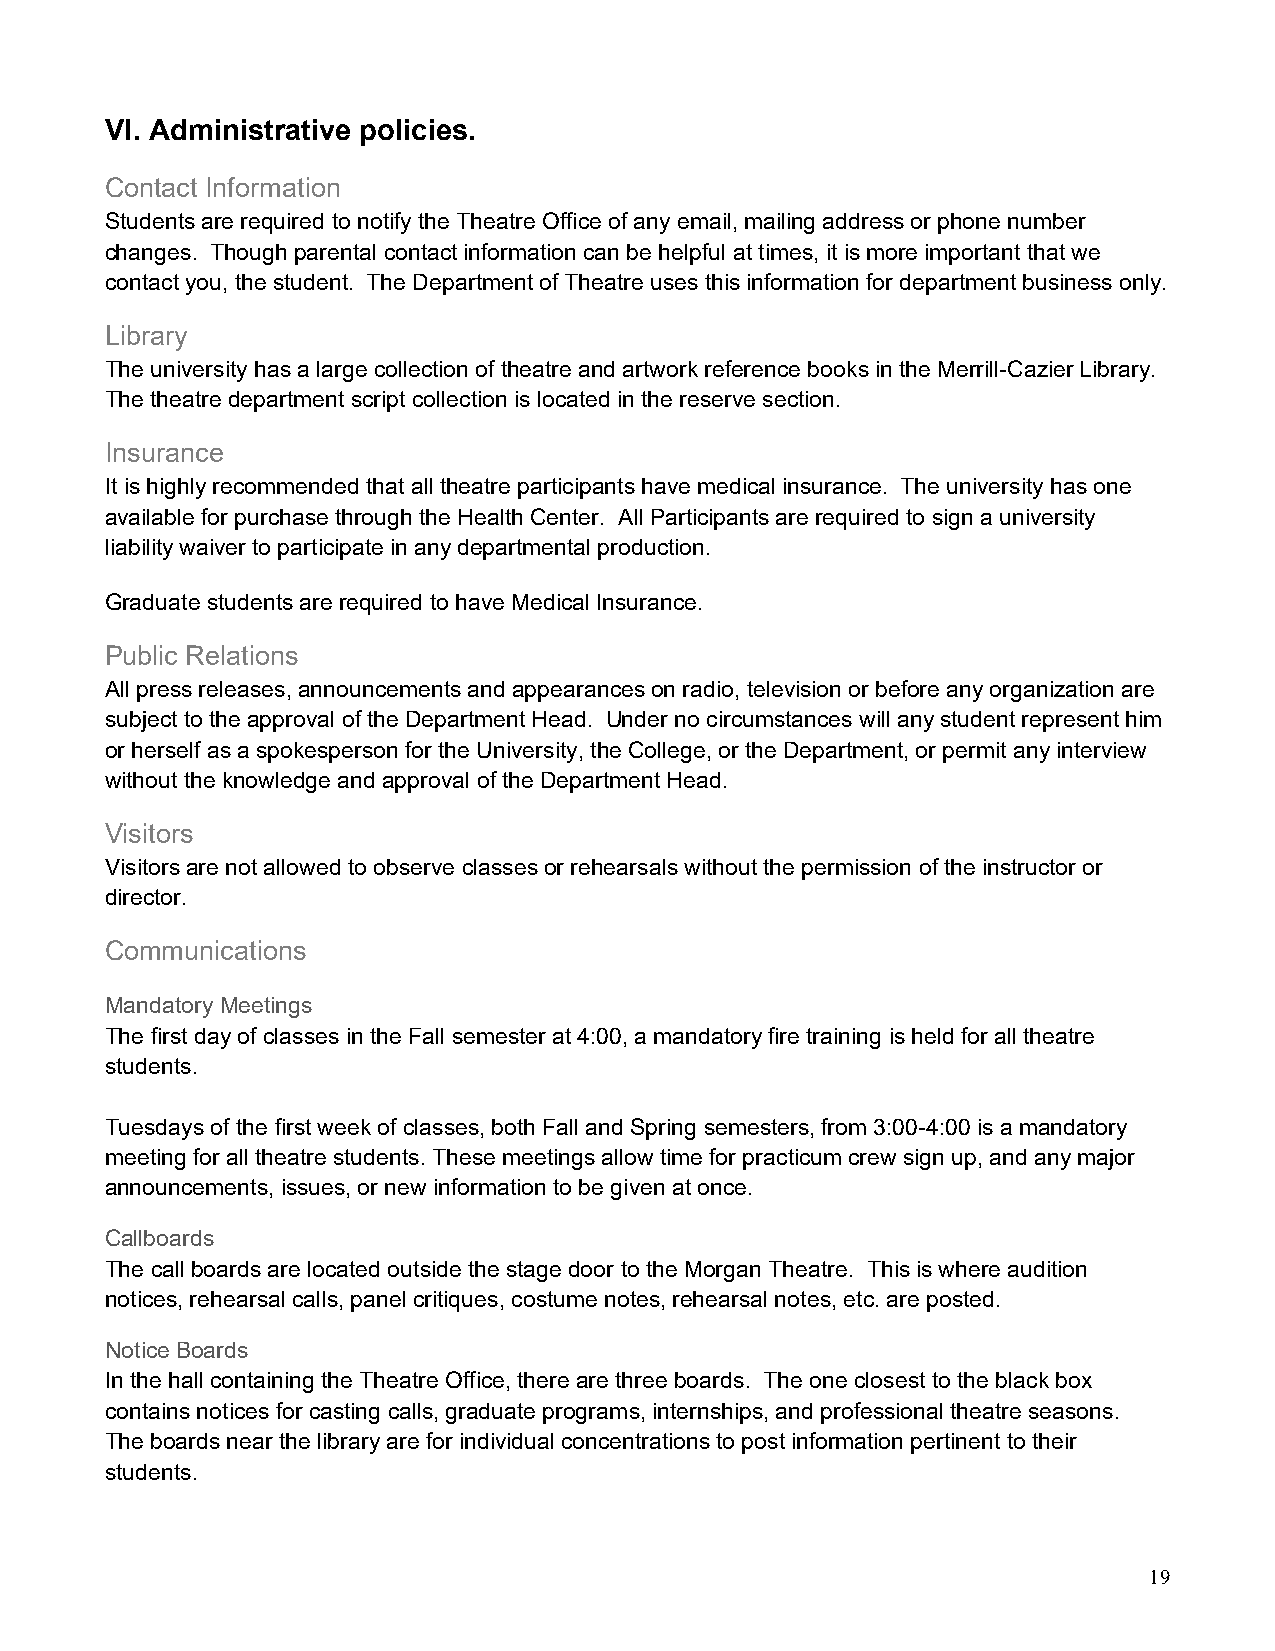
VI. Administrative policies.
 Contact Information
 Students are required to notify the Theatre Office of any email, mailing address or phone number
 changes. Though parental contact information can be helpful at times, it is more important that we
 contact you, the student. The Department of Theatre uses this information for department business only.
 Library
 The university has a large collection of theatre and artwork reference books in the Merrill-Cazier Library.
 The theatre department script collection is located in the reserve section.
 Insurance
 It is highly recommended that all theatre participants have medical insurance. The university has one
 available for purchase through the Health Center. All Participants are required to sign a university
 liability waiver to participate in any departmental production.
 Graduate students are required to have Medical Insurance.
 Public Relations
 All press releases, announcements and appearances on radio, television or before any organization are
 subject to the approval of the Department Head. Under no circumstances will any student represent him
 or herself as a spokesperson for the University, the College, or the Department, or permit any interview
 without the knowledge and approval of the Department Head.
 Visitors
 Visitors are not allowed to observe classes or rehearsals without the permission of the instructor or
 director.
 Communications
 Mandatory Meetings
 The first day of classes in the Fall semester at 4:00, a mandatory fire training is held for all theatre
 students.
 Tuesdays of the first week of classes, both Fall and Spring semesters, from 3:00-4:00 is a mandatory
 meeting for all theatre students. These meetings allow time for practicum crew sign up, and any major
 announcements, issues, or new information to be given at once.
 Callboards
 The call boards are located outside the stage door to the Morgan Theatre. This is where audition
 notices, rehearsal calls, panel critiques, costume notes, rehearsal notes, etc. are posted.
 Notice Boards
 In the hall containing the Theatre Office, there are three boards. The one closest to the black box
 contains notices for casting calls, graduate programs, internships, and professional theatre seasons.
 The boards near the library are for individual concentrations to post information pertinent to their
 students.
 19